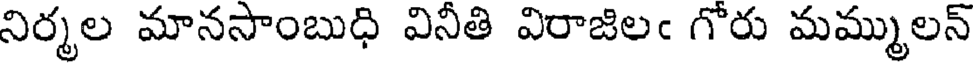
నిర్మల మానసాంబుధి వినీతి విరాజిలఁ గోరు మమ్ములన్